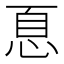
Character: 𢚧